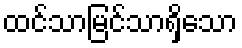
ထင်သာမြင်သာရှိသော